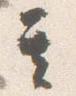
其